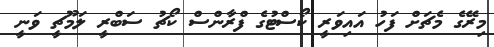
މިރޭގެ މެޗަށް ފަހު އައިވަރީ ކޯސްޓުގެ ފްރާންސް ކޯޗު ސަބްރީ ލަމޫޗީ ވަނީ